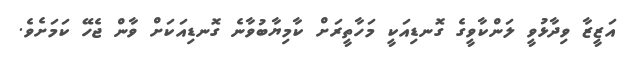
އަޒީޒާ ވިދާޅުވީ ލަންކާވީގެ ގޮނޑިއަކީ މަހާތީރަށް ކާމިޔާބުވާނެ ގޮނޑިއަކަށް ވާން ޖެހޭ ކަމަށެވެ.